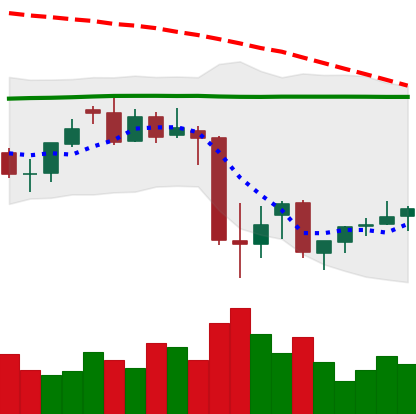
Ticker: XMR-USD
Chart end date: 2021-06-30
Forward return: -3.511%
Label: down_3_5